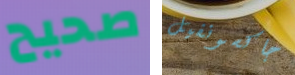
صحيح جاكسونفيل